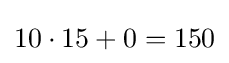
10\cdot 15+0=150